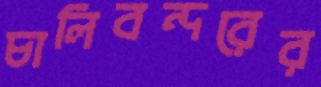
চালিবন্দরের